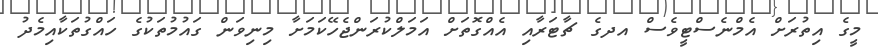
މީގެ އިތުރަށް އެމްނެސްޓީވެސް އދގެ ޗާޓަރާއި އެއްގޮތަށް އަމަލްކުރަންޖެހޭކަމަށާ މިނިވަން ގައުމުތަކުގެ ހައްގުތަކާއިމެދު